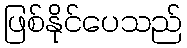
ဖြစ်နိုင်ပေသည်